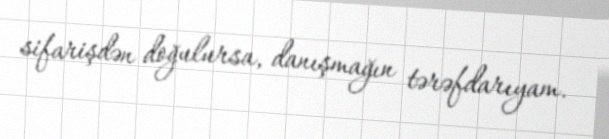
sifarişdən doğulursa, danışmağın tərəfdarıyam.